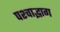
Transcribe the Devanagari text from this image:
पश्चाद्भाग